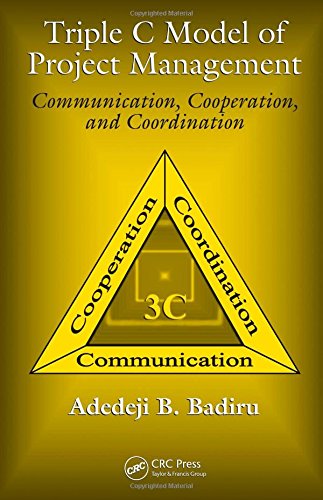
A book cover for Triple C Model of Project Management: Communication, Cooperation, and Coordination (Industrial Innovation Series); Adedeji B. Badiru; Business & Money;